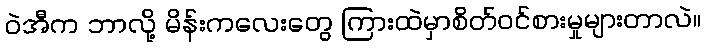
ဝဲအီက ဘာလို့ မိန်းကလေးတွေ ကြားထဲမှာစိတ်ဝင်စားမှုများတာလဲ။